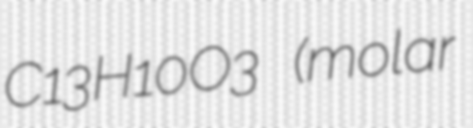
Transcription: C13H10O3 (molar